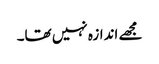
مجھے اندازہ نہیں تھا۔